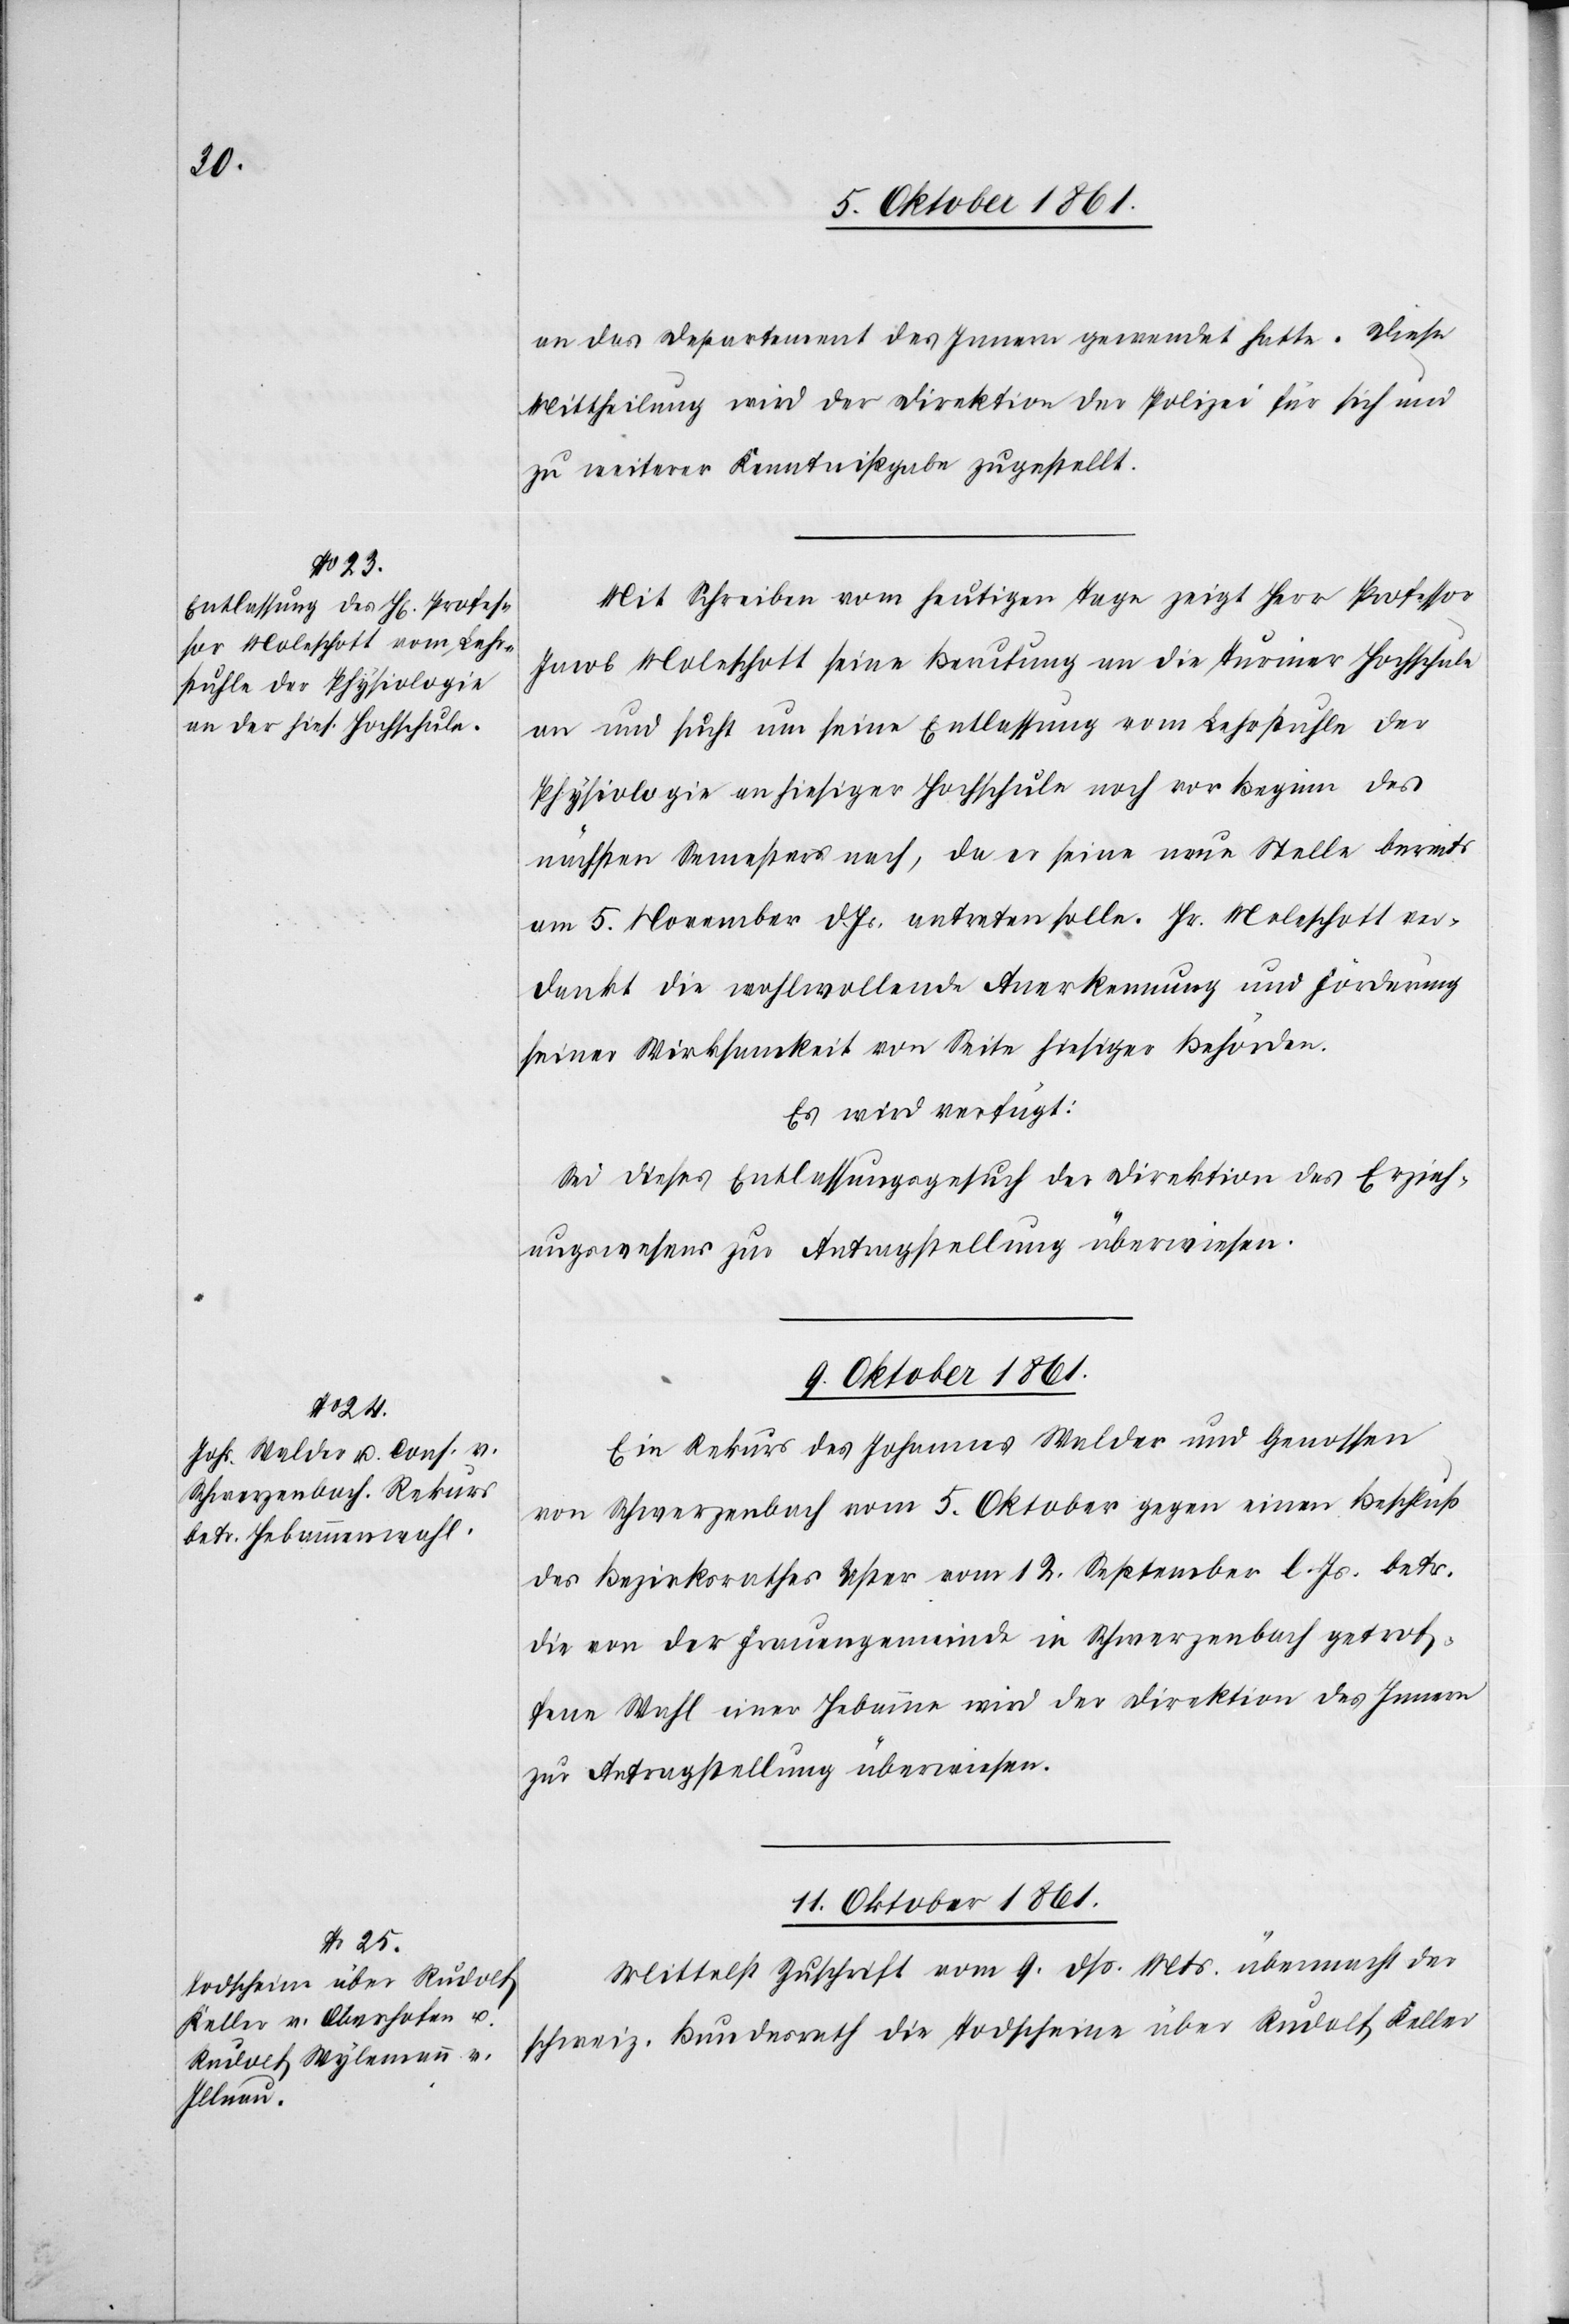
an das Departement des Innern gewendet hatte. Diese
Mittheilung wird der Direktion der Polizei für sich und
zu weiterer Kenntnißgabe zugestellt.
Mit Schreiben vom heutigen Tage zeigt Herr Professor
Jakob Moleschott seine Berufung an die Turiner Hochschule
an und sucht um seine Entlassung vom Lehrstuhle der
Physiologie an hiesiger Hochschule noch vor Beginn des
nächsten Semesters nach, da er seine neue Stelle bereits
am 5 November d. Js. antreten solle. Hr. Moleschott ver¬
dankt die wohlwollende Anerkennung und Förderung
seiner Wirksamkeit von Seite hiesiger Behörden.
Es wird verfügt:
Sei dieses Entlassungsgesuch der Direktion des Erzieh¬
ungswesens zur Antragstellung überwiesen.
9 Oktober 1861.
Ein Rekurs des Johannes Walder und Genossen
von Schwerzenbach vom 5 Oktober gegen einen Beschluß
des Bezirksrathes Uster vom 12 September l. Js. betr.
die von der Frauengemeinde in Schwerzenbach getrof¬
fenen Wahl einer Hebamme wird der Direktion des Innern
zur Antragstellung überwiesen.
11 Oktober 1861.
Mittelst Zuschrift vom 9 dß. Mts. übermacht der
schweiz. Bundesrath die Todscheine über Rudolf Keller